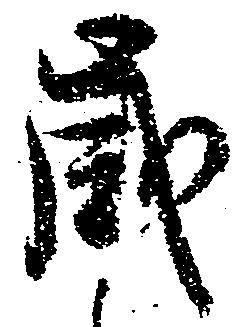
歳